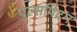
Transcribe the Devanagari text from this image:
पुल्सपिटम